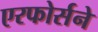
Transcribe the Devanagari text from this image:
एरफोर्सने